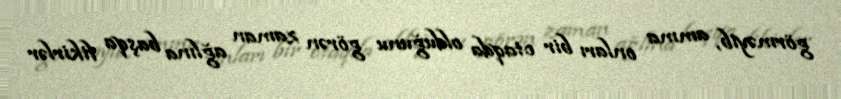
görməyib, amma onları bir otaqda olduğunu görən zaman ağlına başqa fikirlər